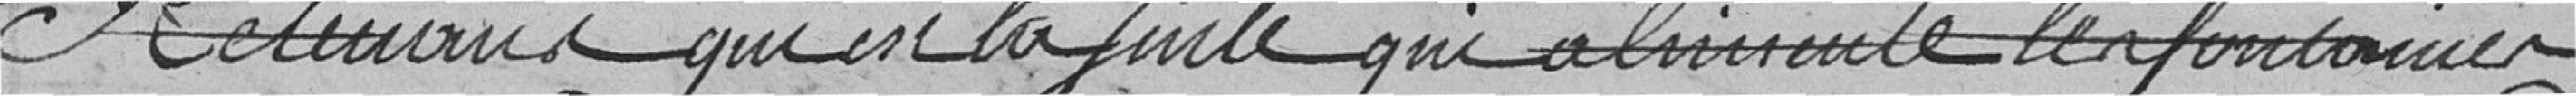
retenue qui est la fuite qui abime les fontaines